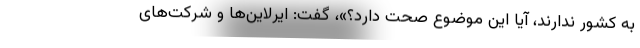
به کشور ندارند، آیا این موضوع صحت دارد؟»، گفت: ایرلاین‌ها و شرکت‌های